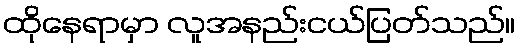
ထိုနေရာမှာ လူအနည်းငယ်ပြတ်သည်။